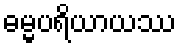
ဓမ္မပရိယာယဿ